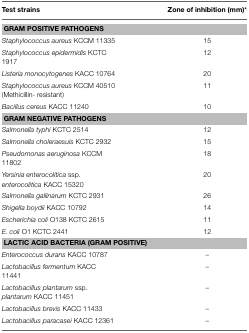
<table><thead><tr><td><b>Test strains</b></td><td><b>Zone of inhibition (mm)<sup>*</sup></b></td></tr></thead><tbody><tr><td colspan="2"><b>GRAM POSITIVE PATHOGENS</b></td></tr><tr><td><i>Staphylococcus aureus</i> KCCM 11335</td><td>15</td></tr><tr><td><i>Staphylococcus epidermidis</i> KCTC 1917</td><td>12</td></tr><tr><td><i>Listeria monocytogenes</i> KACC 10764</td><td>20</td></tr><tr><td><i>Staphylococcus aureus</i> KCCM 40510 (Methicillin- resistant)</td><td>11</td></tr><tr><td><i>Bacillus cereus</i> KACC 11240</td><td>10</td></tr><tr><td colspan="2"><b>GRAM NEGATIVE PATHOGENS</b></td></tr><tr><td><i>Salmonella typhi</i> KCTC 2514</td><td>12</td></tr><tr><td><i>Salmonella choleraesuis</i> KCTC 2932</td><td>15</td></tr><tr><td><i>Pseudomonas aeruginosa</i> KCCM 11802</td><td>18</td></tr><tr><td><i>Yersinia enterocolitica</i> ssp. <i>enterocolitica</i> KACC 15320</td><td>20</td></tr><tr><td><i>Salmonella gallinarum</i> KCTC 2931</td><td>26</td></tr><tr><td><i>Shigella boydii</i> KACC 10792</td><td>14</td></tr><tr><td><i>Escherichia coli</i> O138 KCTC 2615</td><td>11</td></tr><tr><td><i>E. coli</i> O1 KCTC 2441</td><td>12</td></tr><tr><td colspan="2"><b>LACTIC ACID BACTERIA (GRAM POSITIVE)</b></td></tr><tr><td><i>Enterococcus durans</i> KACC 10787</td><td>–</td></tr><tr><td><i>Lactobacillus fermentum</i> KACC 11441</td><td>–</td></tr><tr><td><i>Lactobacillus plantarum</i> ssp. <i>plantarum</i> KACC 11451</td><td>–</td></tr><tr><td><i>Lactobacillus brevis</i> KACC 11433</td><td>–</td></tr><tr><td><i>Lactobacillus paracasei</i> KACC 12361</td><td>–</td></tr></tbody></table>